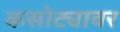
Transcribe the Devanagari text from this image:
कसोट्यावर